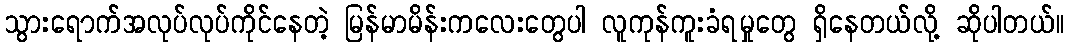
သွားရောက်အလုပ်လုပ်ကိုင်နေတဲ့ မြန်မာမိန်းကလေးတွေပါ လူကုန်ကူးခံရမှုတွေ ရှိနေတယ်လို့ ဆိုပါတယ်။